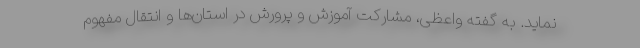
نماید. به گفته واعظی، مشارکت آموزش و پرورش در استان‌ها و انتقال مفهوم